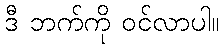
ဒီ ဘက်ကို ဝင်လာပါ။